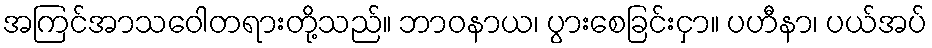
အကြင်အာသဝေါတရားတို့သည်။ ဘာဝနာယ၊ ပွားစေခြင်းငှာ။ ပဟီနာ၊ ပယ်အပ်